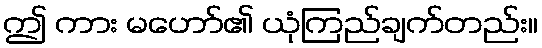
ဤ ကား မဟော်၏ ယုံကြည်ချက်တည်း။